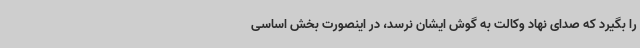
را بگیرد که صدای نهاد وکالت به گوش ایشان نرسد، در اینصورت بخش اساسی